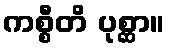
ကစ္စီတိ ပုစ္ဆာ။